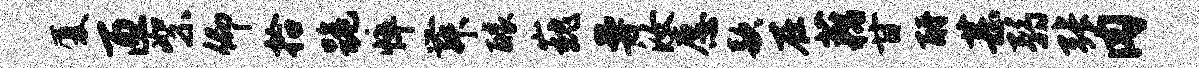
厦匝絮仰拾跪悴舞醵巍曼汝愿款在藕甘酹甚弱张肉